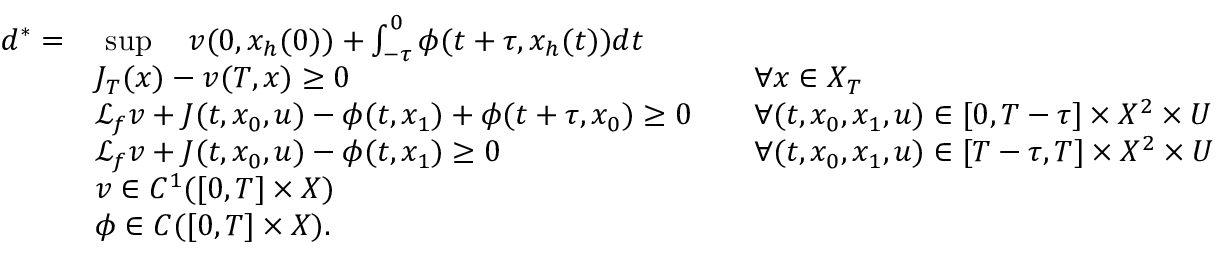
\begin{array} { r l r l } { d ^ { * } = } & { \ \operatorname* { s u p } \quad v ( 0 , x _ { h } ( 0 ) ) + \textstyle \textstyle \int _ { - \tau } ^ { 0 } \phi ( t + \tau , x _ { h } ( t ) ) d t } & \\ & { J _ { T } ( x ) - v ( T , x ) \geq 0 } & & { \forall x \in X _ { T } } \\ & { \mathcal { L } _ { f } v + J ( t , x _ { 0 } , u ) - \phi ( t , x _ { 1 } ) + \phi ( t + \tau , x _ { 0 } ) \geq 0 } & & { \forall ( t , x _ { 0 } , x _ { 1 } , u ) \in [ 0 , T - \tau ] \times X ^ { 2 } \times U } \\ & { \mathcal { L } _ { f } v + J ( t , x _ { 0 } , u ) - \phi ( t , x _ { 1 } ) \geq 0 } & & { \forall ( t , x _ { 0 } , x _ { 1 } , u ) \in [ T - \tau , T ] \times X ^ { 2 } \times U } \\ & { v \in C ^ { 1 } ( [ 0 , T ] \times X ) } & \\ & { \phi \in C ( [ 0 , T ] \times X ) . } \end{array}